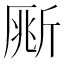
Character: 𣂥